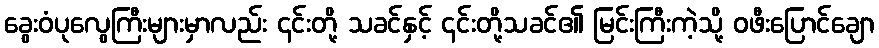
ခွေးဝံပုလွေကြီးများမှာလည်း ၎င်းတို့ သခင်နှင့် ၎င်းတို့သခင်၏ မြင်းကြီးကဲ့သို့ ဝဖီးပြောင်ချော